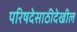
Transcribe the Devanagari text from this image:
परिषदेसाठीदेखील